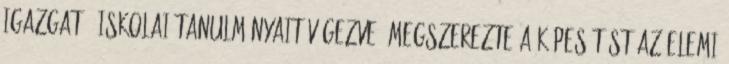
igazgató. Iskolai tanulmányait végezve, megszerezte a képesítést az elemi